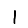
Digit: 1